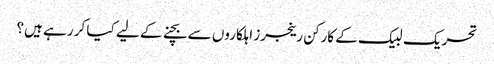
تحریک لبیک کے کارکن رینجرز اہلکاروں سے بچنے کے لیے کیا کر رہے ہیں؟